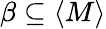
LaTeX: \beta\subseteq\langle M\rangle